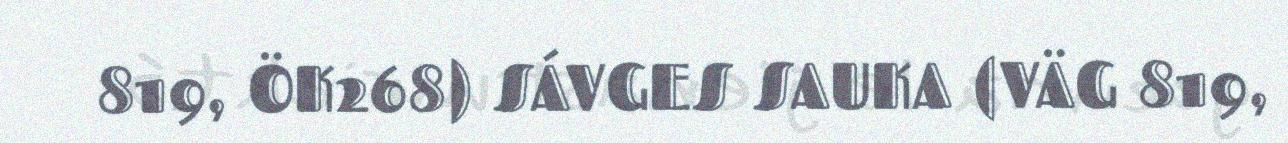
819, ÖK268) SÁVGES SAUKA (VÄG 819,